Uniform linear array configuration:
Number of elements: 48
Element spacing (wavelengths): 1
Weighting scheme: kaiser
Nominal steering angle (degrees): -30
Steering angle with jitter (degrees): -30.632
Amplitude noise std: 0.05
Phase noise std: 0.05

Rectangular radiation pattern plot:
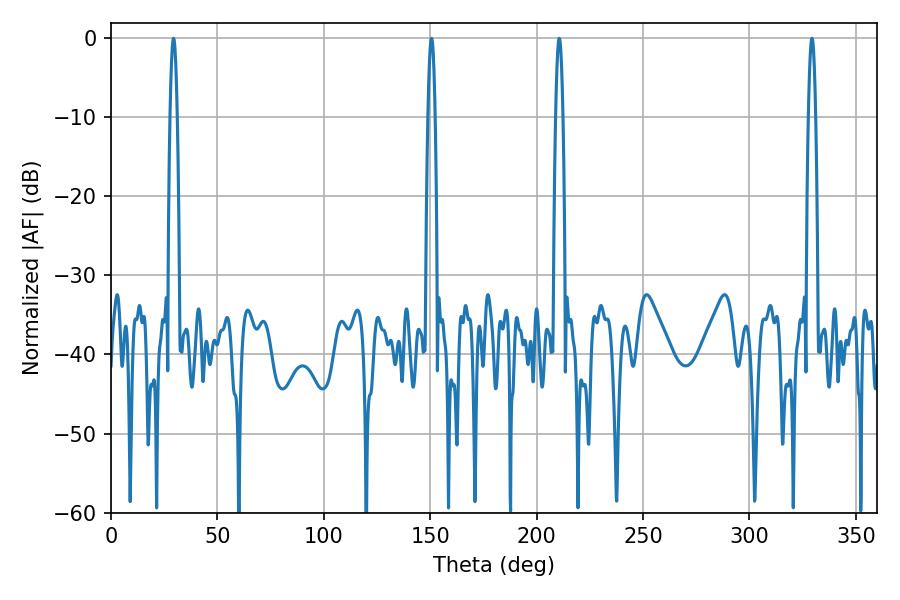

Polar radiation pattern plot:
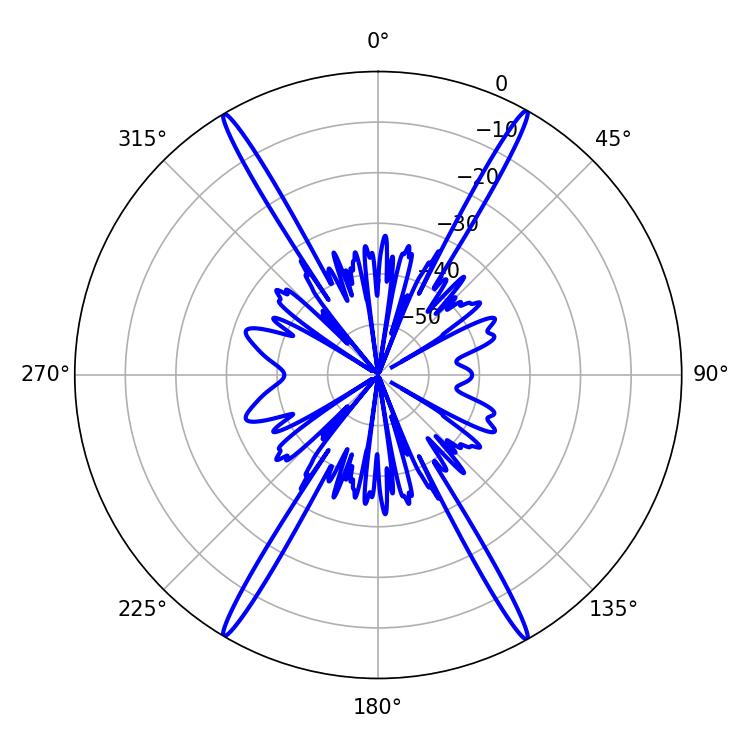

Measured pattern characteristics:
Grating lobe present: TRUE
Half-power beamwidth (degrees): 1.8
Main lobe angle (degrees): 210.6